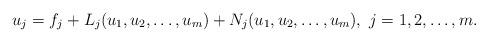
LaTeX: \begin{align*}u_j=f_j+L_j(u_1,u_2,\ldots,u_m)+N_j(u_1,u_2,\ldots,u_m),\ j=1,2,\ldots,m.\end{align*}